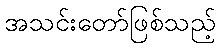
အသင်းတော်ဖြစ်သည့်